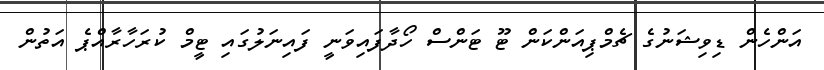
އަންހެން ޑިވިޝަނުގެ ޗެމްޕިއަންކަން ޓޫ ޓަންސް ހޯދާފައިވަނީ ފައިނަލުގައި ޓީމް ކުރަހާރާއްޕެ އަތުން